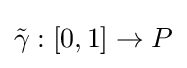
{\tilde {\gamma }}:[0,1]\to P